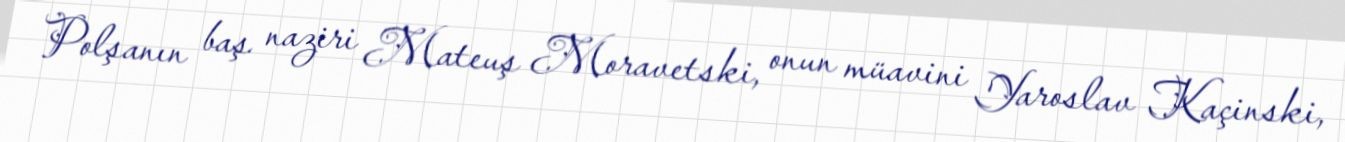
Polşanın baş naziri Mateuş Moravetski, onun müavini Yaroslav Kaçinski,